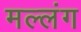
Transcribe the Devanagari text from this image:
मल्लंग